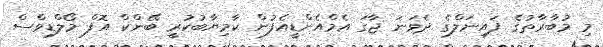
މި މުބާރާތުގެ ފައިނަލްގެ ދެވަނަ ޖާގަ އެމްއެންޑީއެފުން ކާމިޔާބުކުރީ ބޭންކް އޮފް މޯލްޑިވްސް